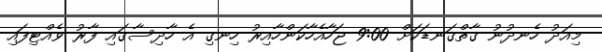
މިއަދު ހެނދުނު ގާތްގަނޑަކަށް 9:00 ޖަހާއެހާކަންހާއިރު ހިނގި އެ ހާދިސާގައި ފާރު ވެއްޓިފައި